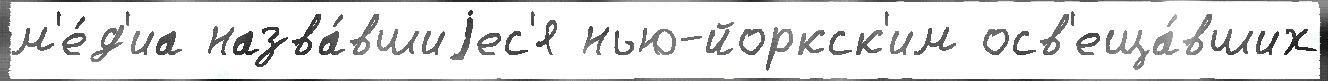
м'е́д'иа назва́вшиjес'я нью-йоркск'им осв'еща́вших